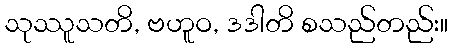
သုဿူသတိ, ဗဟူဝ, ဒဒါတိ စသည်တည်း။